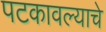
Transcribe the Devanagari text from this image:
पटकावल्याचे